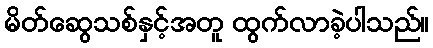
မိတ်ဆွေသစ်နှင့်အတူ ထွက်လာခဲ့ပါသည်။